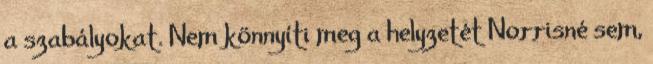
a szabályokat. Nem könnyíti meg a helyzetét Norrisné sem,